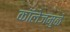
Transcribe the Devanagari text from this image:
कॉलेजमुळे